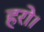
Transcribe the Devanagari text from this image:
हरो।